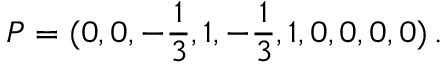
P = ( 0 , 0 , - \frac { 1 } { 3 } , 1 , - \frac { 1 } { 3 } , 1 , 0 , 0 , 0 , 0 ) \, .